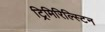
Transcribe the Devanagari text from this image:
ट्रिमिरिल्स्टिन